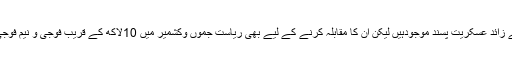
سرکاری اعداد و شمار کے مطابق یہاں دو سو سے زائد عسکریت پسند موجودہیں لیکن اُن کا مقابلہ کرنے کے لیے بھی ریاست جموں وکشمیر میں 10لاکھ کے قریب فوجی و نیم فوجی دستے خصوصی اختیارات کے ساتھ تعینات ہیں۔